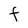
Character: F